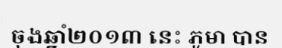
ចុងឆ្នាំ២០១៣ នេះ ភូមា បាន